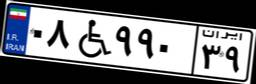
۵۷W۶۲۱۲۰